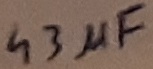
Text: 43µF